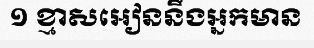
១ ខ្មាសអៀននឹងអ្នកមាន